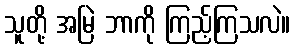
သူတို့ အမြဲ ဘာကို ကြည့်ကြသလဲ။